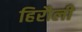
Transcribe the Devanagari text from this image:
हिरौली